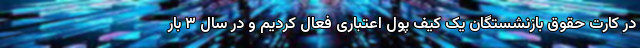
در کارت حقوق بازنشستگان یک کیف پول اعتباری فعال کردیم و در سال ۳ بار